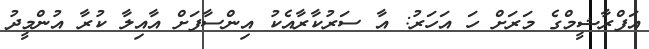
އަފްރާޝީމްގެ މަރަށް ހަ އަހަރު: އާ ސަރުކާރާއެކު އިންސާފަށް އާއިލާ ކުރާ އުންމީދު